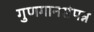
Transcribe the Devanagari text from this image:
गुणगानसंपन्न